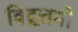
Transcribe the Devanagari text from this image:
विद्वत्तमो